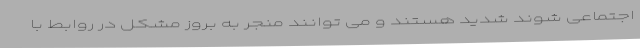
اجتماعی شوند شدید هستند و می توانند منجر به بروز مشکل در روابط با